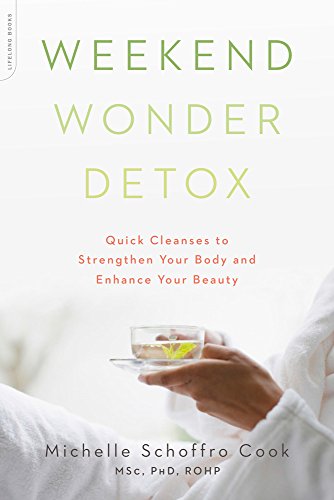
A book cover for Weekend Wonder Detox: Quick Cleanses to Strengthen Your Body and Enhance Your Beauty; Michelle Schoffro Cook; Health, Fitness & Dieting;